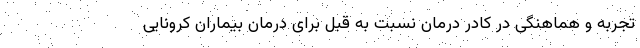
تجربه و هماهنگی در کادر درمان نسبت به قبل برای درمان بیماران کرونایی